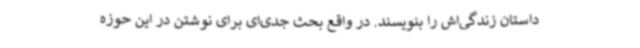
داستان زندگی‌اش را بنویسند. در واقع بحث جدی‌ای برای نوشتن در این حوزه